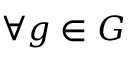
\forall g \in G